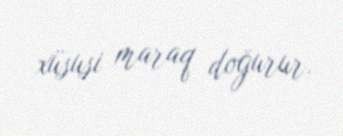
xüsusi maraq doğurur.